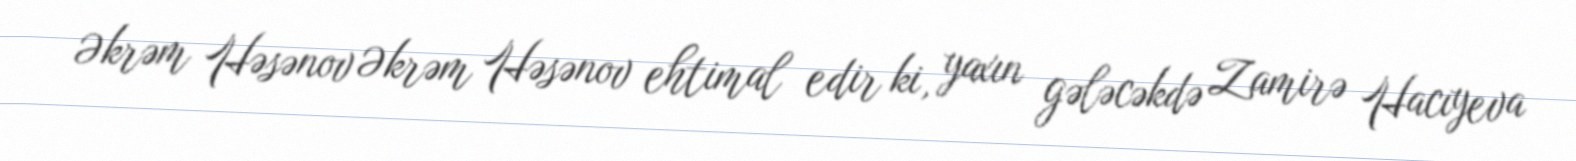
Əkrəm Həsənov Əkrəm Həsənov ehtimal edir ki, yaxın gələcəkdə Zamirə Hacıyeva